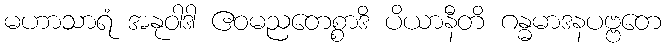
မဟာသာရံ အနုဝါဒါ ဧဝမညတေစ္စာဒိ ပိယာနီတိ ဂန္ဓမာဒနပဗ္ဗတေ